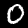
Digit: 0